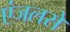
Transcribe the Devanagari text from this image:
एंजलसे